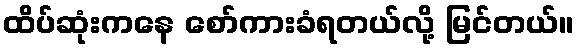
ထိပ်ဆုံးကနေ စော်ကားခံရတယ်လို့ မြင်တယ်။